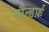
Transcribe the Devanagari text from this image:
बौन्डर्फ़